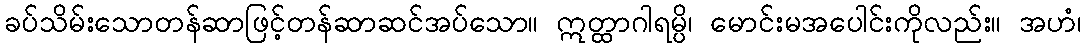
ခပ်သိမ်းသောတန်ဆာဖြင့်တန်ဆာဆင်အပ်သော။ ဣတ္ထာဂါရမ္ပိ၊ မောင်းမအပေါင်းကိုလည်း။ အဟံ၊